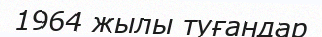
1964 жылы туғандар